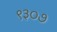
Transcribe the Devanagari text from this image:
९३०७